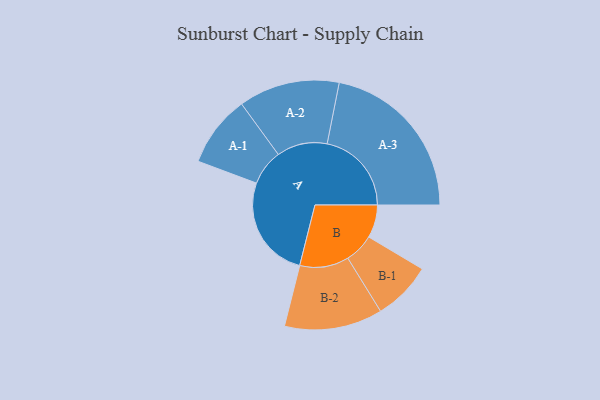
{"axis": {"x": "Segment", "y": "Value"}, "legend": ["", "A", "B"], "data": [{"x": "A", "y": 357, "type": ""}, {"x": "B", "y": 114, "type": ""}, {"x": "A-1", "y": 124, "type": "A"}, {"x": "A-2", "y": 175, "type": "A"}, {"x": "A-3", "y": 292, "type": "A"}, {"x": "B-1", "y": 102, "type": "B"}, {"x": "B-2", "y": 170, "type": "B"}]}